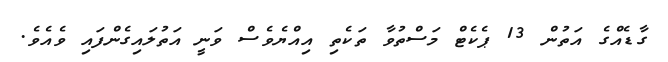
ގާޑެއްގެ އަތުން 13 ޕެކެޓް މަސްތުވާ ތަކެތި އިއްޔެވެސް ވަނީ އަތުލައިގެންފައި ވެއެވެ.